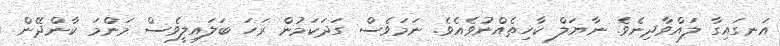
އަނގައިގާ ލައްވާދިނެވެ. ނާޔަލް ކާހިތެއްނުވެއެވެ. ނަމަވެސް ގަދަކަމުން ރަހަ ބަލައިލީވެސް މަންމަ ކާންދޭން